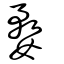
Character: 婺